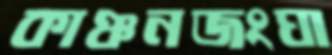
কাঞ্চনজংঘা